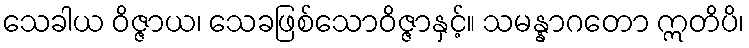
သေခါယ ဝိဇ္ဇာယ၊ သေခဖြစ်သောဝိဇ္ဇာနှင့်။ သမန္နာဂတော ဣတိပိ၊